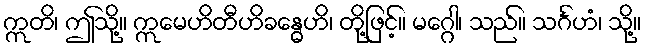
ဣတိ၊ ဤသို့။ ဣမေဟိတီဟိခန္ဓေဟိ၊ တို့ဖြင့်။ မဂ္ဂေါ၊ သည်။ သင်္ဂဟံ၊ သို့။